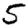
Digit: 5